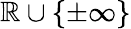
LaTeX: \mathbb{R}\cup\{ \pm\infty\}